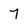
Character: 7